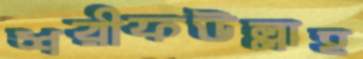
শরীফউল্লাহ